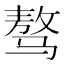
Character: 骜